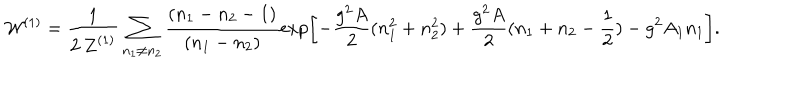
LaTeX: { \cal W } ^ { ( 1 ) } = \frac { 1 } { 2 \, { \cal Z } ^ { ( 1 ) } } \sum _ { n _ { 1 } \neq n _ { 2 } } \frac { ( n _ { 1 } - n _ { 2 } - 1 ) } { ( n _ { 1 } - n _ { 2 } ) } \exp \left[ - \frac { g ^ { 2 } A } { 2 } ( n _ { 1 } ^ { 2 } + n _ { 2 } ^ { 2 } ) + \frac { g ^ { 2 } A } { 2 } ( n _ { 1 } + n _ { 2 } - \frac { 1 } { 2 } ) - g ^ { 2 } A _ { 1 } n _ { 1 } \right] .